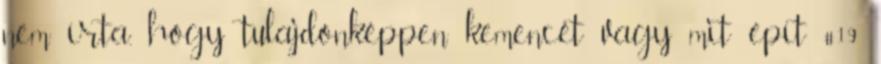
nem írta, hogy tulajdonképpen kemencét vagy mit épít #19